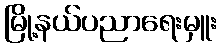
မြို့နယ်ပညာရေးမှူး